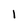
Character: 1